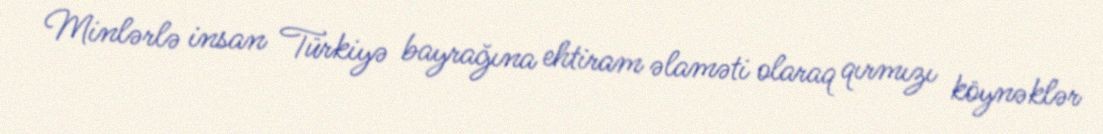
Minlərlə insan Türkiyə bayrağına ehtiram əlaməti olaraq qırmızı köynəklər